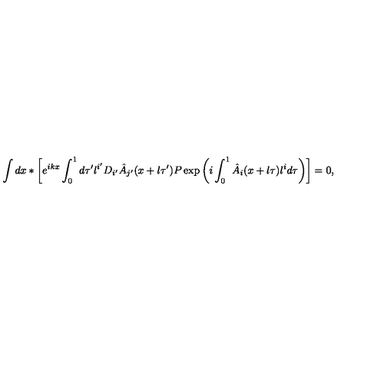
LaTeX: \int d x \ast \biggl [ e ^ { i k x } \int _ { 0 } ^ { 1 } d \tau ^ { \prime } l ^ { i ^ { \prime } } D _ { i ^ { \prime } } \hat { A } _ { j ^ { \prime } } ( x + l \tau ^ { \prime } ) P \exp \left( i \int _ { 0 } ^ { 1 } \hat { A } _ { i } ( x + l \tau ) l ^ { i } d \tau \right) \biggr ] = 0 ,